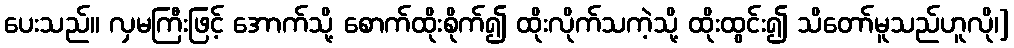
ပေးသည်။ လှမကြီးဖြင့် အောက်သို့ စောက်ထိုးစိုက်၍ ထိုးလိုက်သကဲ့သို့ ထိုးထွင်း၍ သိတော်မူသည်ဟူလို၊]